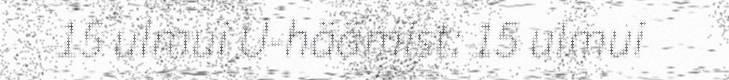
15 ulmui U-häämist: 15 ulmui